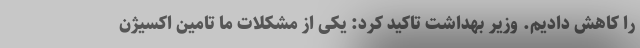
را کاهش دادیم. وزیر بهداشت تاکید کرد: یکی از مشکلات ما تامین اکسیژن